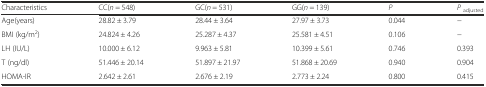
<table><thead><tr><td><b>Characteristics</b></td><td><b>CC(<i>n</i> = 548)</b></td><td><b>GC(<i>n</i> = 531)</b></td><td><b>GG(<i>n</i> = 139)</b></td><td><b><i>P</i></b></td><td><b><i>P</i><sub>adjusted</sub></b></td></tr></thead><tbody><tr><td>Age(years)</td><td>28.82 ± 3.79</td><td>28.44 ± 3.64</td><td>27.97 ± 3.73</td><td>0.044</td><td>−</td></tr><tr><td>BMI (kg/m<sup>2</sup>)</td><td>24.824 ± 4.26</td><td>25.287 ± 4.37</td><td>25.581 ± 4.51</td><td>0.106</td><td>−</td></tr><tr><td>LH (IU/L)</td><td>10.000 ± 6.12</td><td>9.963 ± 5.81</td><td>10.399 ± 5.61</td><td>0.746</td><td>0.393</td></tr><tr><td>T (ng/dl)</td><td>51.446 ± 20.14</td><td>51.897 ± 21.97</td><td>51.868 ± 20.69</td><td>0.940</td><td>0.904</td></tr><tr><td>HOMA-IR</td><td>2.642 ± 2.61</td><td>2.676 ± 2.19</td><td>2.773 ± 2.24</td><td>0.800</td><td>0.415</td></tr></tbody></table>